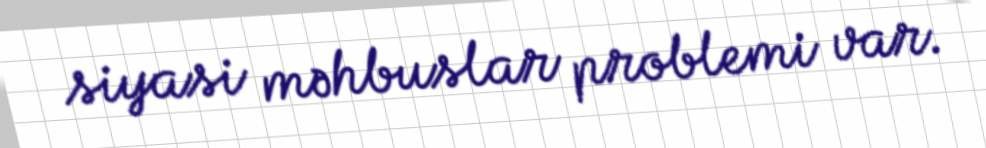
siyasi məhbuslar problemi var.